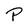
Character: P